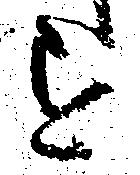
を